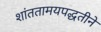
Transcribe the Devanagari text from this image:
शांततामयपद्धतीने